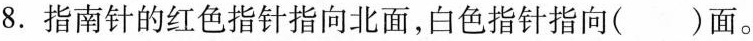
8. 指南针的红色指针指向北面，白色指针指向( )面。